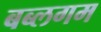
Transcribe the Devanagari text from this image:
बब्लगम